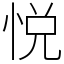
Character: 悦